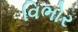
વિભોર